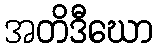
အတိဒီဃော